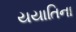
યયાતિના